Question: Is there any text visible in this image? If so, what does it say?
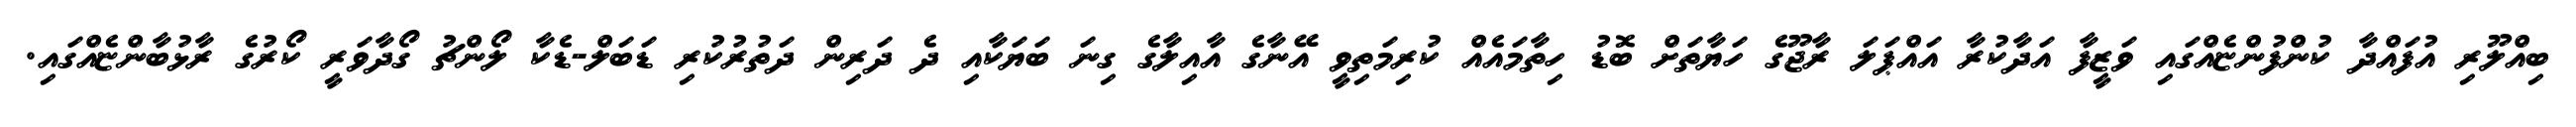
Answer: ބިއްލޫރި އުފައްދާ ކުންފުންޏެއްގައި ވަޒީފާ އަދާކުރާ އައްޕަލަ ރާޖޫގެ ހަޔާތަށް ބޮޑު ހިތާމައެއް ކުރިމަތިވީ އޭނާގެ އާއިލާގެ ގިނަ ބަޔަކާއި ދެ ދަރިން ދަތުރުކުރި ޑަބަލް-ޑެކާ ލޯންޗު ގޯދާވަރީ ކޯރުގެ ރާޅުބާންޏެއްގައި.